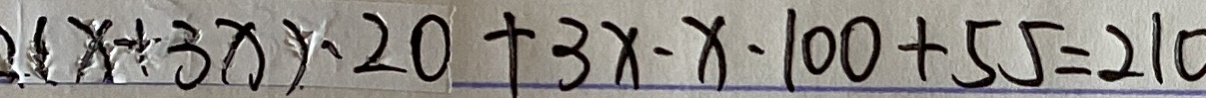
( x + 3 x ) - 2 0 + 3 x - x - 1 0 0 + 5 5 = 2 1 0